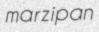
marzipan